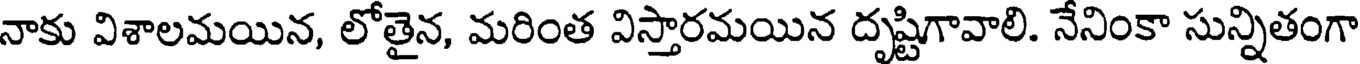
నాకు విశాలమయిన, లోతైన, మరింత విస్తారమయిన దృష్టిగావాలి. నేనింకా సున్నితంగా